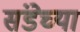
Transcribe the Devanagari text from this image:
संडेच्या